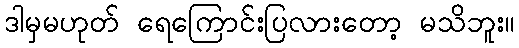
ဒါမှမဟုတ် ရေကြောင်းပြလားတော့ မသိဘူး။